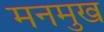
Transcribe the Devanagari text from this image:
मनमुख